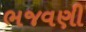
ભજવણી